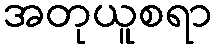
အတုယူစရာ